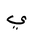
Letter: _ya